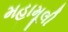
મહામૂલી